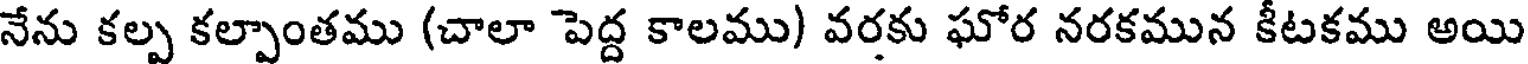
నేను కల్ప కల్పాంతము (చాలా పెద్ద కాలము) వరకు ఘోర నరకమున కీటకము అయి